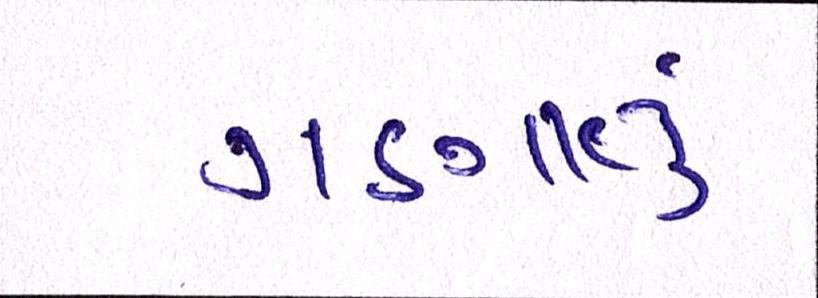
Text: ગણાતું